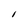
Character: I